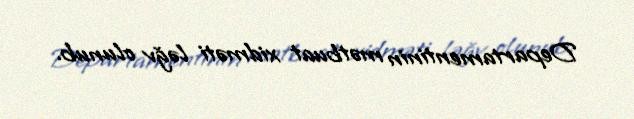
Departamentinin mətbuat xidməti ləğv olunub.